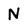
Character: N